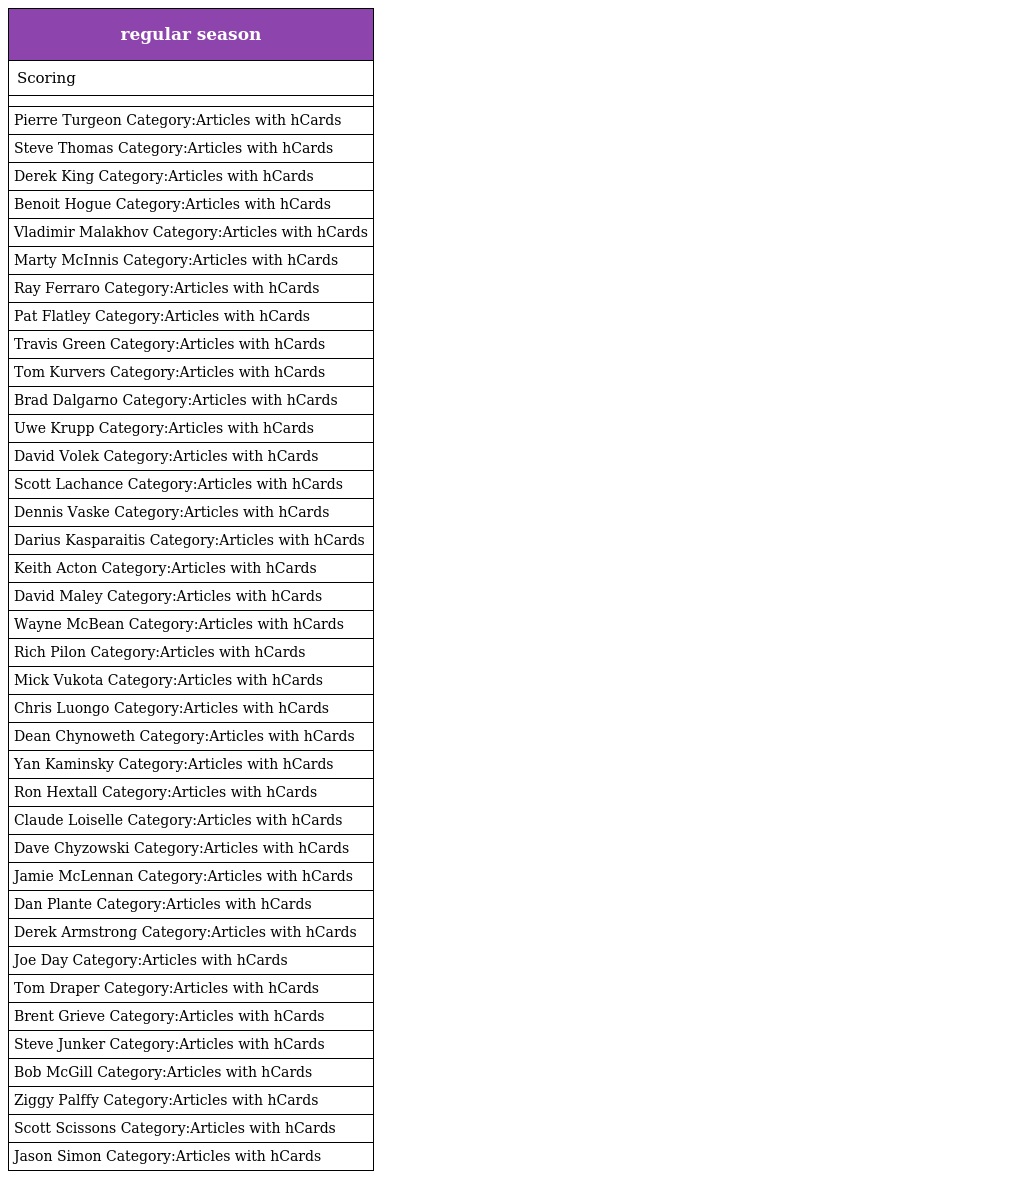
| regular season |
 | --- |
 | Scoring |
 |  |
 | Pierre Turgeon Category:Articles with hCards |
 | Steve Thomas Category:Articles with hCards |
 | Derek King Category:Articles with hCards |
 | Benoit Hogue Category:Articles with hCards |
 | Vladimir Malakhov Category:Articles with hCards |
 | Marty McInnis Category:Articles with hCards |
 | Ray Ferraro Category:Articles with hCards |
 | Pat Flatley Category:Articles with hCards |
 | Travis Green Category:Articles with hCards |
 | Tom Kurvers Category:Articles with hCards |
 | Brad Dalgarno Category:Articles with hCards |
 | Uwe Krupp Category:Articles with hCards |
 | David Volek Category:Articles with hCards |
 | Scott Lachance Category:Articles with hCards |
 | Dennis Vaske Category:Articles with hCards |
 | Darius Kasparaitis Category:Articles with hCards |
 | Keith Acton Category:Articles with hCards |
 | David Maley Category:Articles with hCards |
 | Wayne McBean Category:Articles with hCards |
 | Rich Pilon Category:Articles with hCards |
 | Mick Vukota Category:Articles with hCards |
 | Chris Luongo Category:Articles with hCards |
 | Dean Chynoweth Category:Articles with hCards |
 | Yan Kaminsky Category:Articles with hCards |
 | Ron Hextall Category:Articles with hCards |
 | Claude Loiselle Category:Articles with hCards |
 | Dave Chyzowski Category:Articles with hCards |
 | Jamie McLennan Category:Articles with hCards |
 | Dan Plante Category:Articles with hCards |
 | Derek Armstrong Category:Articles with hCards |
 | Joe Day Category:Articles with hCards |
 | Tom Draper Category:Articles with hCards |
 | Brent Grieve Category:Articles with hCards |
 | Steve Junker Category:Articles with hCards |
 | Bob McGill Category:Articles with hCards |
 | Ziggy Palffy Category:Articles with hCards |
 | Scott Scissons Category:Articles with hCards |
 | Jason Simon Category:Articles with hCards |